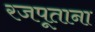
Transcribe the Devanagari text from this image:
रजपूताना